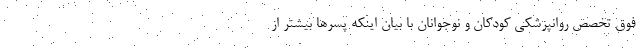
فوق تخصص روانپزشکی کودکان و نوجوانان با بیان اینکه پسرها بیشتر از